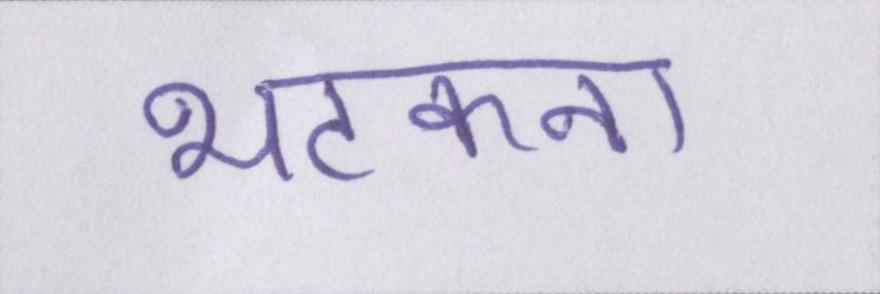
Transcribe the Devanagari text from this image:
भटकना